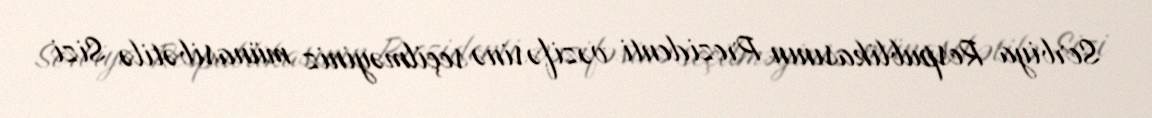
Serbiya Respublikasının Prezidenti vəzifəsinə seçilməyiniz münasibətilə Sizi